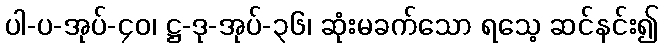
ပါ-ပ-အုပ်-၄၀၊ ဋ္ဌ-ဒု-အုပ်-၃၆၊ ဆုံးမခက်သော ရသေ့ ဆင်နင်း၍